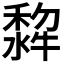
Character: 𭷵